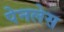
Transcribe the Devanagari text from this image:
पेनलेस